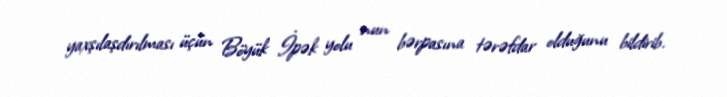
yaxşılaşdırılması üçün Böyük İpək yolu nun bərpasına tərəfdar olduğunu bildirib.